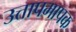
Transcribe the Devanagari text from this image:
उत्तापमापक